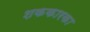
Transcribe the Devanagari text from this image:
शककारका